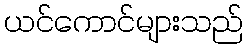
ယင်ကောင်များသည်